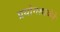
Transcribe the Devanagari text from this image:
प्रयोगशाळेने